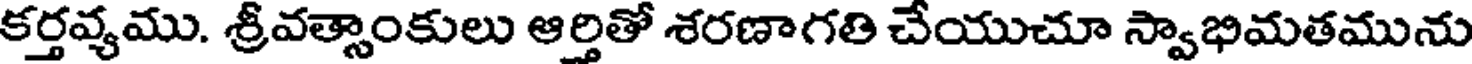
కర్తవ్యము. శ్రీవత్సాంకులు ఆర్తితో శరణాగతి చేయుచూ స్వాభిమతమును